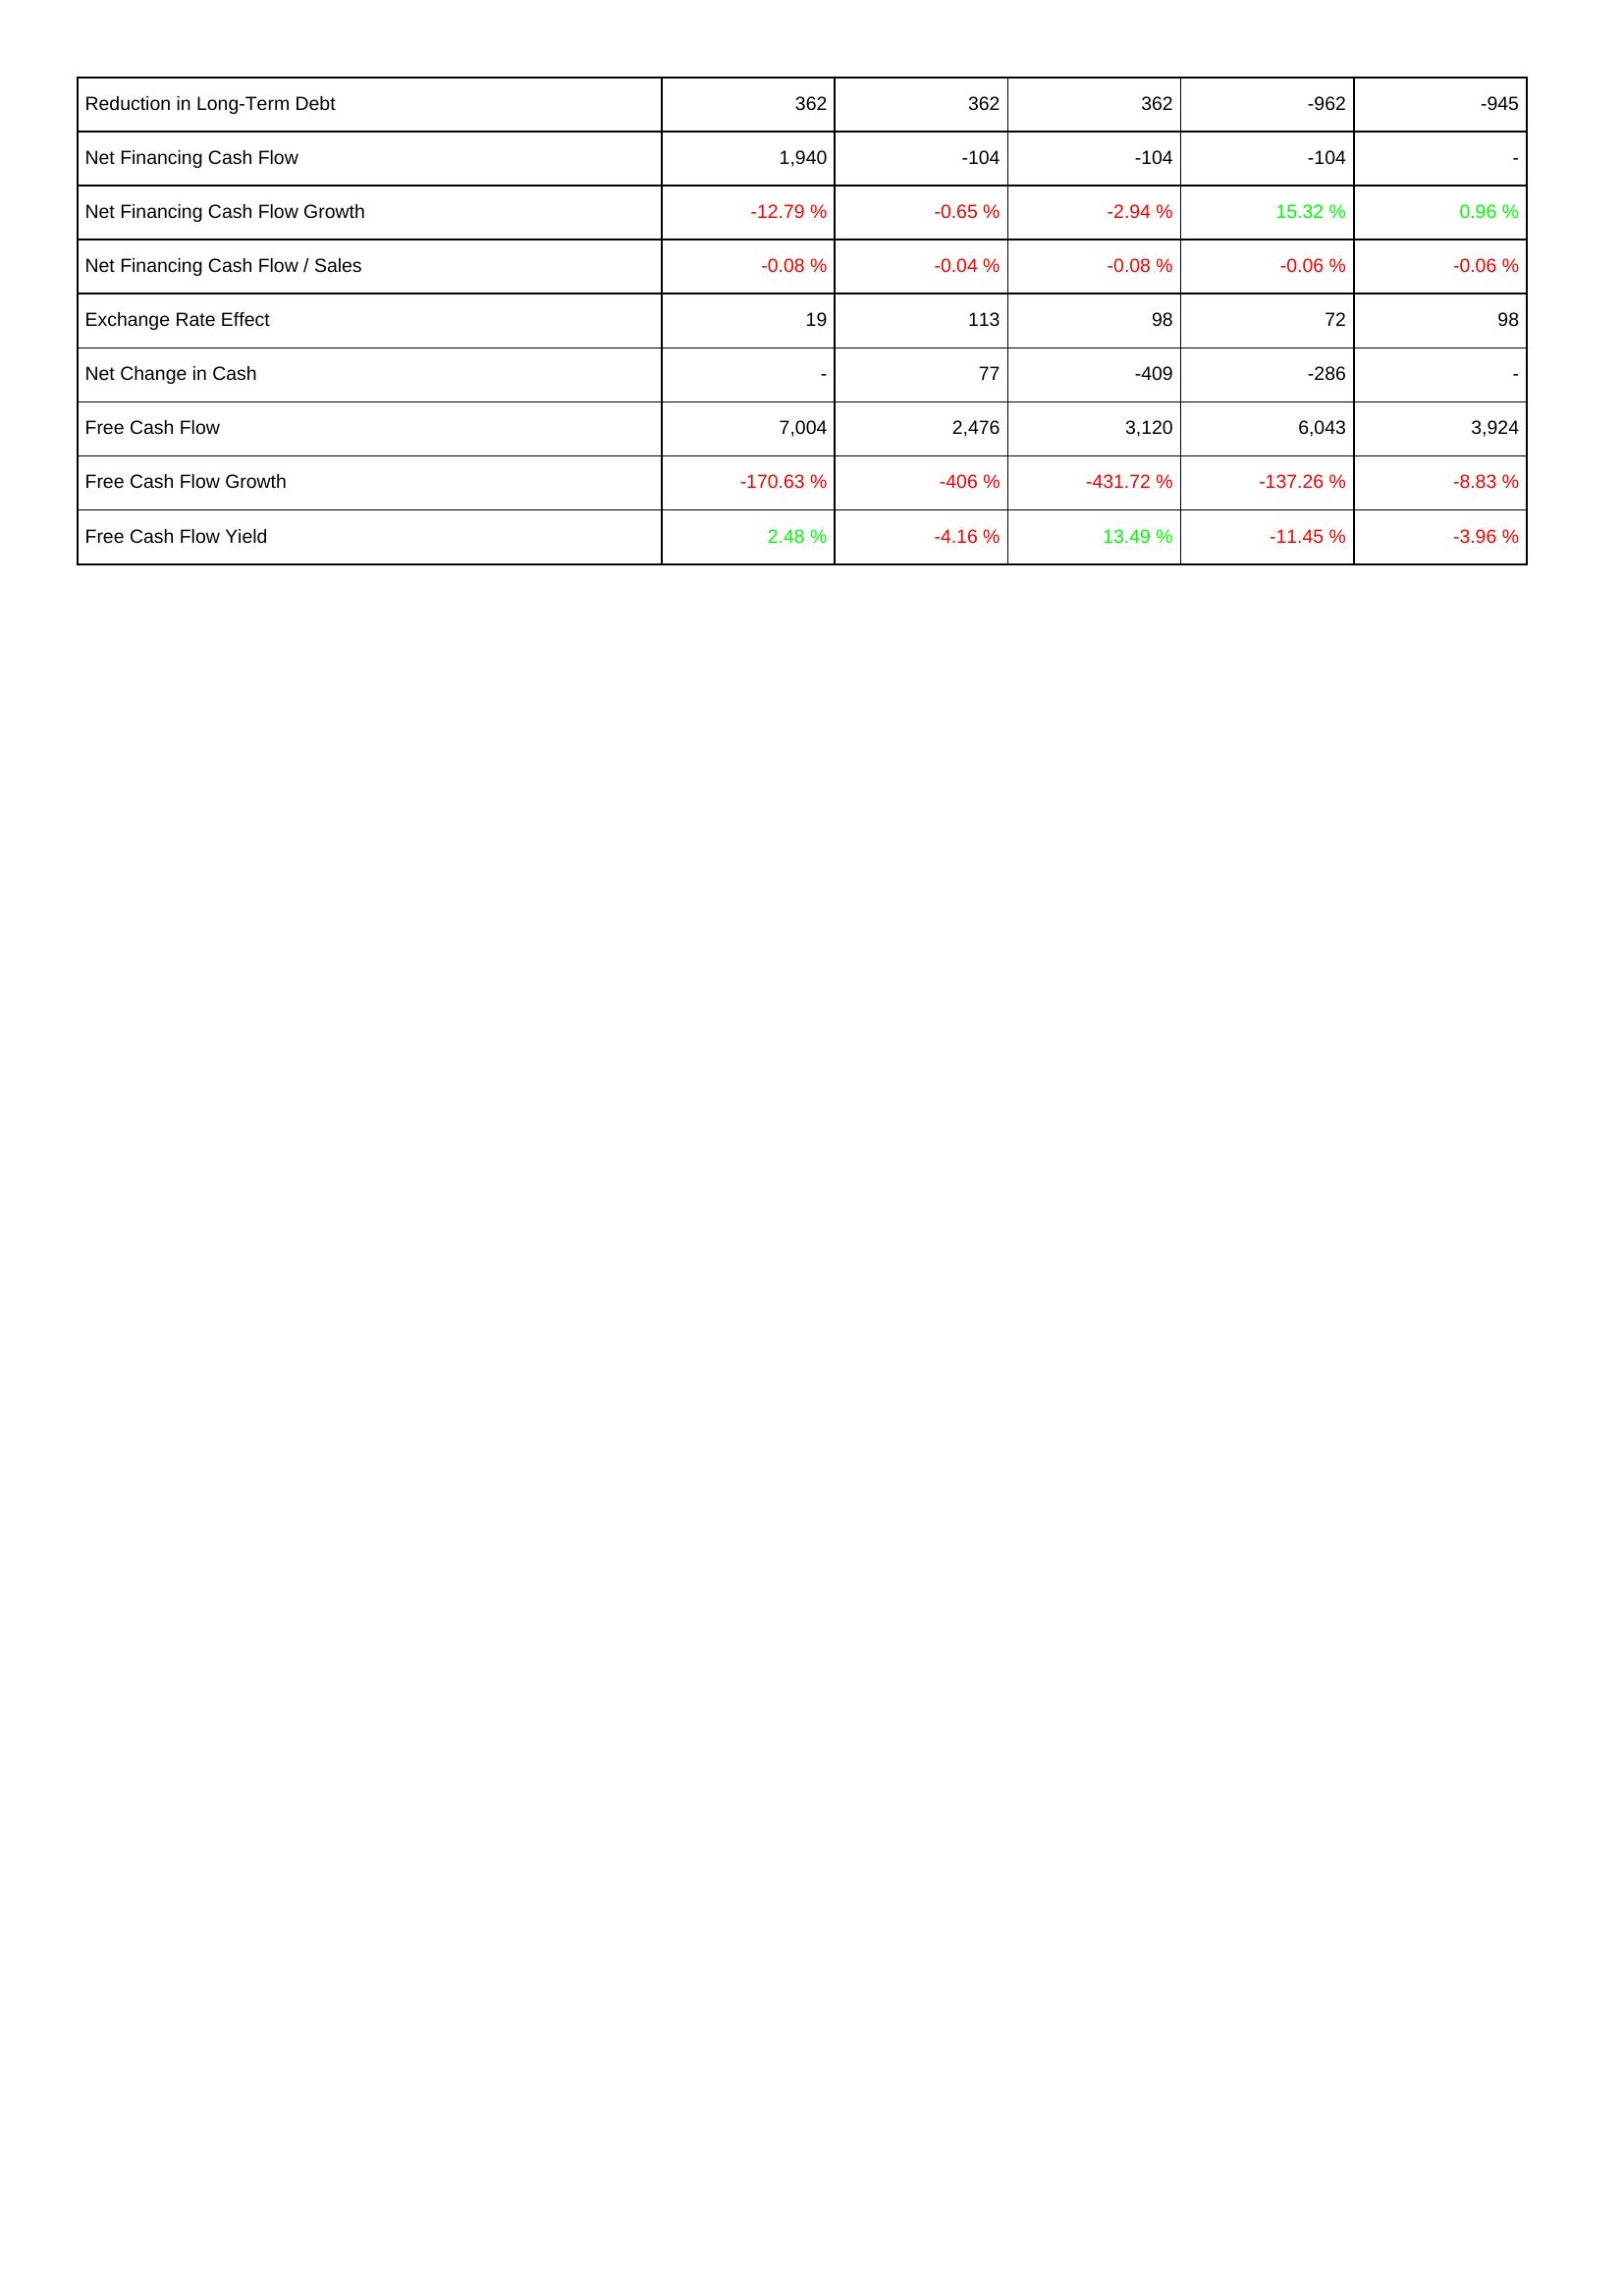
2022: Financing Activities: Reduction in Long-Term Debt: 362
Net Financing Cash Flow: 1,940
Net Financing Cash Flow Growth: -12.79 %
Net Financing Cash Flow / Sales: -0.08 %
Exchange Rate Effect: 19
Net Change in Cash: -
Free Cash Flow: 7,004
Free Cash Flow Growth: -170.63 %
Free Cash Flow Yield: 2.48 %
2021: Financing Activities: Reduction in Long-Term Debt: 362
Net Financing Cash Flow: -104
Net Financing Cash Flow Growth: -0.65 %
Net Financing Cash Flow / Sales: -0.04 %
Exchange Rate Effect: 113
Net Change in Cash: 77
Free Cash Flow: 2,476
Free Cash Flow Growth: -406 %
Free Cash Flow Yield: -4.16 %
2020: Financing Activities: Reduction in Long-Term Debt: 362
Net Financing Cash Flow: -104
Net Financing Cash Flow Growth: -2.94 %
Net Financing Cash Flow / Sales: -0.08 %
Exchange Rate Effect: 98
Net Change in Cash: -409
Free Cash Flow: 3,120
Free Cash Flow Growth: -431.72 %
Free Cash Flow Yield: 13.49 %
2019: Financing Activities: Reduction in Long-Term Debt: -962
Net Financing Cash Flow: -104
Net Financing Cash Flow Growth: 15.32 %
Net Financing Cash Flow / Sales: -0.06 %
Exchange Rate Effect: 72
Net Change in Cash: -286
Free Cash Flow: 6,043
Free Cash Flow Growth: -137.26 %
Free Cash Flow Yield: -11.45 %
2018: Financing Activities: Reduction in Long-Term Debt: -945
Net Financing Cash Flow: -
Net Financing Cash Flow Growth: 0.96 %
Net Financing Cash Flow / Sales: -0.06 %
Exchange Rate Effect: 98
Net Change in Cash: -
Free Cash Flow: 3,924
Free Cash Flow Growth: -8.83 %
Free Cash Flow Yield: -3.96 %